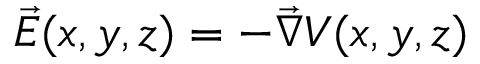
\vec { E } ( x , y , z ) = - \vec { \nabla } V ( x , y , z )